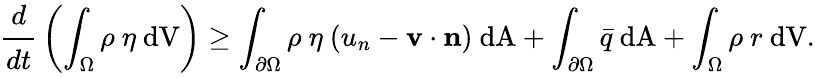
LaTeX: {\cfrac{d}{dt}}\left(\int_{\Omega}\rho~\eta~{\mathrm{dV}}\right)\geq\int_{\partial\Omega}\rho~\eta~(u_{n}-\mathbf{v}\cdot\mathbf{n})~{\mathrm{dA}}+\int_{\partial\Omega}{\bar{q}}~{\mathrm{dA}}+\int_{\Omega}\rho~r~{\mathrm{dV}}.